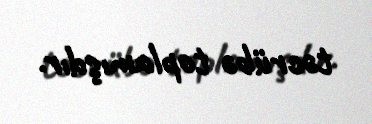
təcrübə toplamışdır.